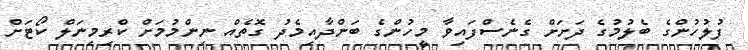
ފުލުހުންގެ ބެލުމުގެ ދަށަށް ގެނެސްފައިވާ މީހުންގެ ބަންދާއިމެދު ގޮތެއް ނިންމުމަށް ކްރިމިނަލް ކޯޓަށް